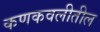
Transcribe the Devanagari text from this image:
कणकवलीतील